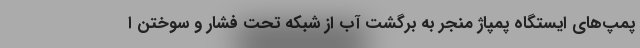
پمپ‌های ایستگاه پمپاژ منجر به برگشت آب از شبکه تحت فشار و سوختن ا